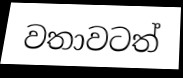
වතාවටත්